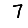
Digit: 7